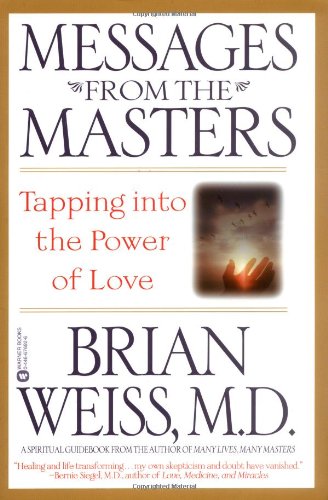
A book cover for Messages from the Masters: Tapping into the Power of Love; Brian Weiss; Religion & Spirituality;